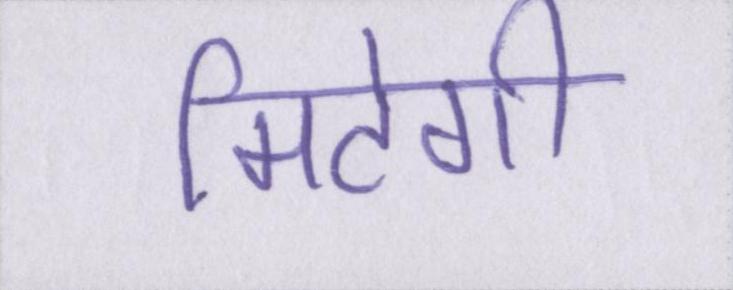
मिटेगी